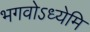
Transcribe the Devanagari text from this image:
भगवोऽध्येमि